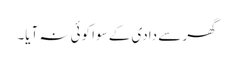
گھر سے دادی کے سوا کوئی نہ آیا۔